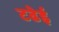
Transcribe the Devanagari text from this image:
टढेई